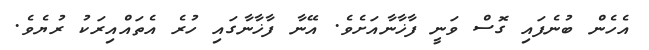
އެހެން ބުނެފައި ގޮސް ވަނީ ފާޚާނާއަށެވެ. އޭނާ ފާޚާނާގައި ހުރެ އެތައްއިރަކު ރުޔެވެ.